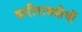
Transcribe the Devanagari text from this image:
शरीरावशेषों